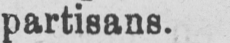
partisans.